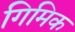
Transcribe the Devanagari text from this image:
गिमिक